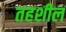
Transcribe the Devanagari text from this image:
तहशील